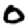
Digit: 0